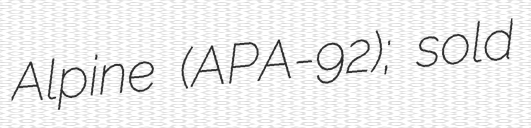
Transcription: Alpine (APA-92); sold